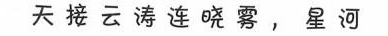
天接云涛连晓雾，星河